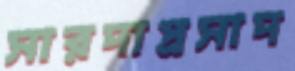
সারদাপ্রসাদ